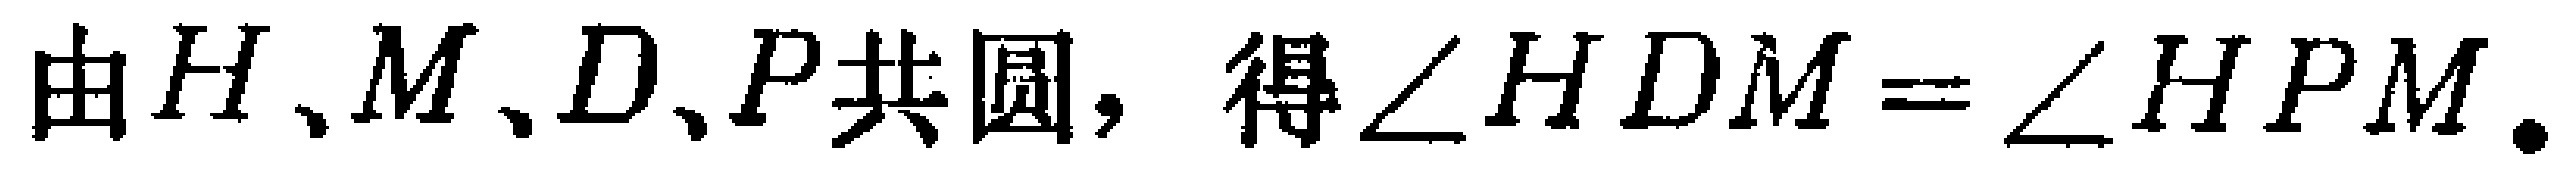
由\(H\)、\(M\)、\(D\)、\(P\)共圆，得\(\angle HDM=\angle HPM\)。